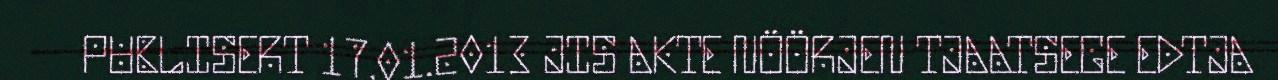
PUBLISERT 17.01.2013 JIS AKTE NÖÖRJEN TJAATSEGE EDTJA